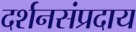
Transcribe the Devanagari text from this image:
दर्शनसंप्रदाय